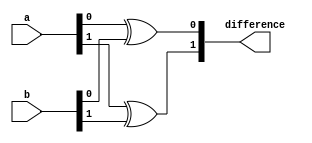
module structural_subtractor (
    input [1:0] a,
    input [1:0] b,
    output reg [1:0] difference
);

assign difference[0] = a[0] ^ b[0];
assign difference[1] = a[1] ^ b[1];

endmodule